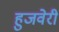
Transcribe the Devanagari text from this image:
हुजवेरी